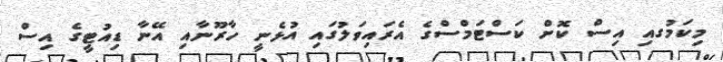
މިކަމުގއި އިސް ކޮށް ކަސްޓަމްސްގެ އެރައިވަލުގައި އުޅެނީ ހާރޫނާއި އޭނާ ޑިއުޓީގެ އިސް